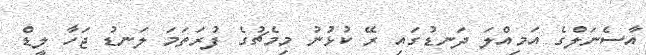
އާސެނަލްގެ އަމިއްލަ ދަނޑުގައި ރޭ ކުޅުނު މިމެޗުގެ ފުރަތަމަ ލަނޑު ޖަހާ ލީޑް